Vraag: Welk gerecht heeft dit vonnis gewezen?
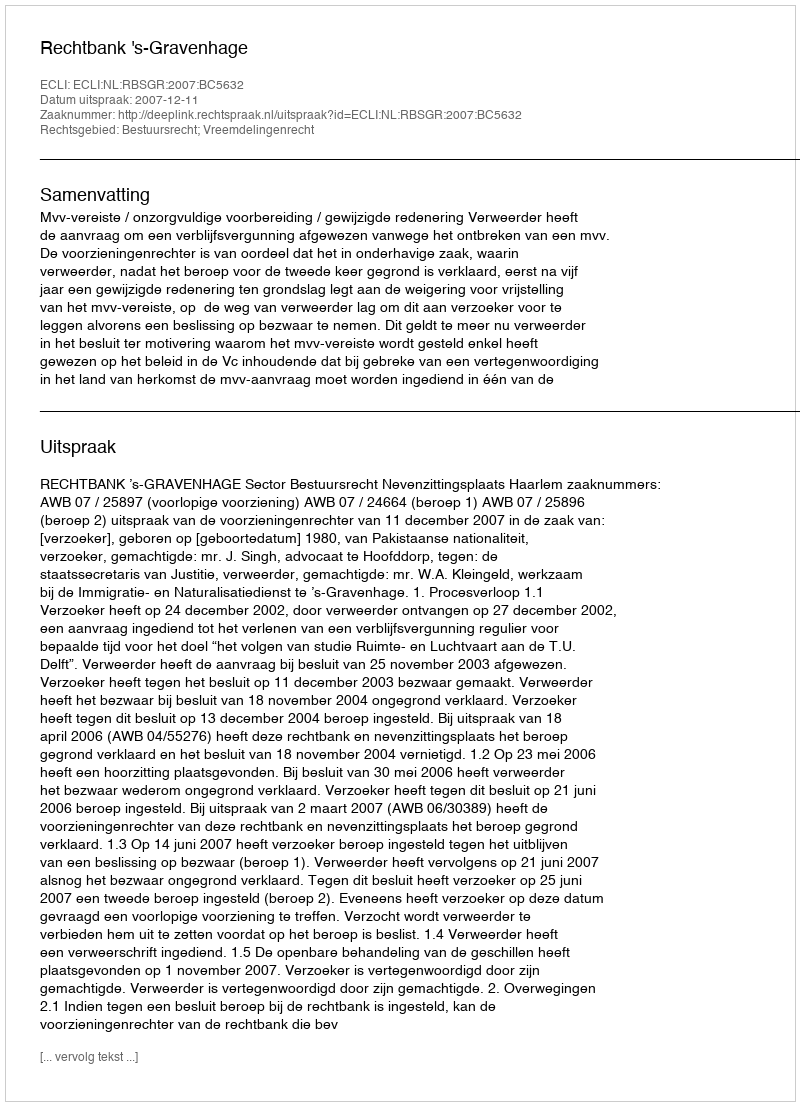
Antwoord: Rechtbank 's-Gravenhage